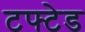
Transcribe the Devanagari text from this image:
टफ्टेड